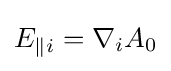
{E}_{\parallel i}={\nabla _{i}}A_{0}